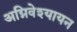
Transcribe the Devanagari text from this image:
अग्निवेश्यायन